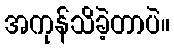
အကုန်သိခဲ့တာပဲ။